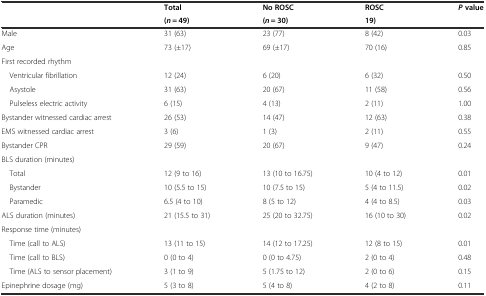
|  | Total | No ROSC | ROSC | Pvalue |
 |  | (n = 49) | (n = 30) | 19) |  |
 | --- | --- | --- | --- | --- |
 | Male | 31 (63) | 23 (77) | 8 (42) | 0.03 |
 | Age | 73 (±17) | 69 (±17) | 70 (16) | 0.85 |
 | First recorded rhythm |  |  |  |  |
 | Ventricular fibrillation | 12 (24) | 6 (20) | 6 (32) | 0.50 |
 | Asystole | 31 (63) | 20 (67) | 11 (58) | 0.56 |
 | Pulseless electric activity | 6 (15) | 4 (13) | 2 (11) | 1.00 |
 | Bystander witnessed cardiac arrest | 26 (53) | 14 (47) | 12 (63) | 0.38 |
 | EMS witnessed cardiac arrest | 3 (6) | 1 (3) | 2 (11) | 0.55 |
 | Bystander CPR | 29 (59) | 20 (67) | 9 (47) | 0.24 |
 | BLS duration (minutes) |  |  |  |  |
 | Total | 12 (9 to 16) | 13 (10 to 16.75) | 10 (4 to 12) | 0.01 |
 | Bystander | 10 (5.5 to 15) | 10 (7.5 to 15) | 5 (4 to 11.5) | 0.02 |
 | Paramedic | 6.5 (4 to 10) | 8 (5 to 12) | 4 (4 to 8.5) | 0.03 |
 | ALS duration (minutes) | 21 (15.5 to 31) | 25 (20 to 32.75) | 16 (10 to 30) | 0.02 |
 | Response time (minutes) |  |  |  |  |
 | Time (call to ALS) | 13 (11 to 15) | 14 (12 to 17.25) | 12 (8 to 15) | 0.01 |
 | Time (call to BLS) | 0 (0 to 4) | 0 (0 to 4.75) | 2 (0 to 4) | 0.48 |
 | Time (ALS to sensor placement) | 3 (1 to 9) | 5 (1.75 to 12) | 2 (0 to 6) | 0.15 |
 | Epinephrine dosage (mg) | 5 (3 to 8) | 5 (4 to 8) | 4 (2 to 8) | 0.11 |